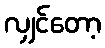
လျှင်တော့